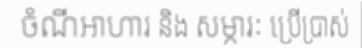
ចំណីអាហារ និង សម្ភារៈ ប្រើប្រាស់